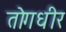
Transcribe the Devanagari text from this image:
तोगधीर